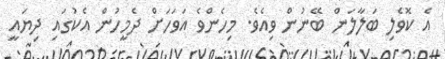
އެ ކޮވެލި ބަލާލަން ބޭނުން ވިއެވެ. މިހެންވެ އަވަހަށް ދެމީހުން އެކުގައި ދިޔައީ